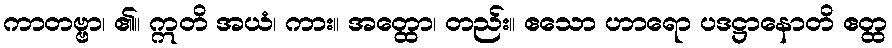
ကာတဗ္ဗာ၊ ၏။ ဣတိ အယံ၊ ကား။ အတ္ထော၊ တည်း။ ဧသော ဟာရော ပဒဋ္ဌာနောတိ ဧတ္ထ